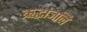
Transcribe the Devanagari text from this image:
ऋद्धांजलि